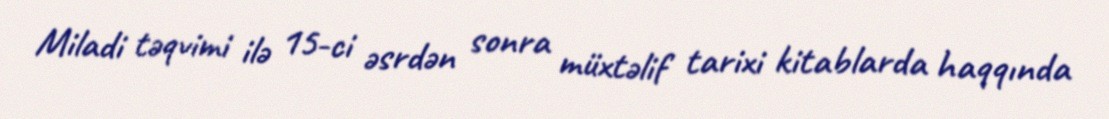
Miladi təqvimi ilə 15-ci əsrdən sonra müxtəlif tarixi kitablarda haqqında